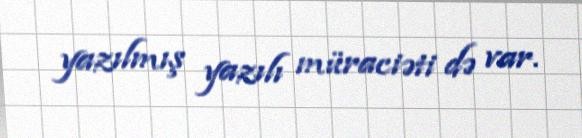
yazılmış yazılı müraciəti də var.